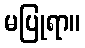
မပြုရာ။